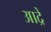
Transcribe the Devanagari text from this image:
आद्रें